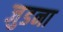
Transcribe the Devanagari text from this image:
जुडना